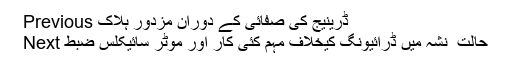
Previous ڈرینیج کی صفائی کے دوران مزدور ہلاک
Next حالت ِ نشہ میں ڈرائیونگ کیخلاف مہم کئی کار اور موٹر سائیکلس ضبط